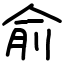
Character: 俞